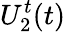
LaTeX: U_{2}^{t}(t)